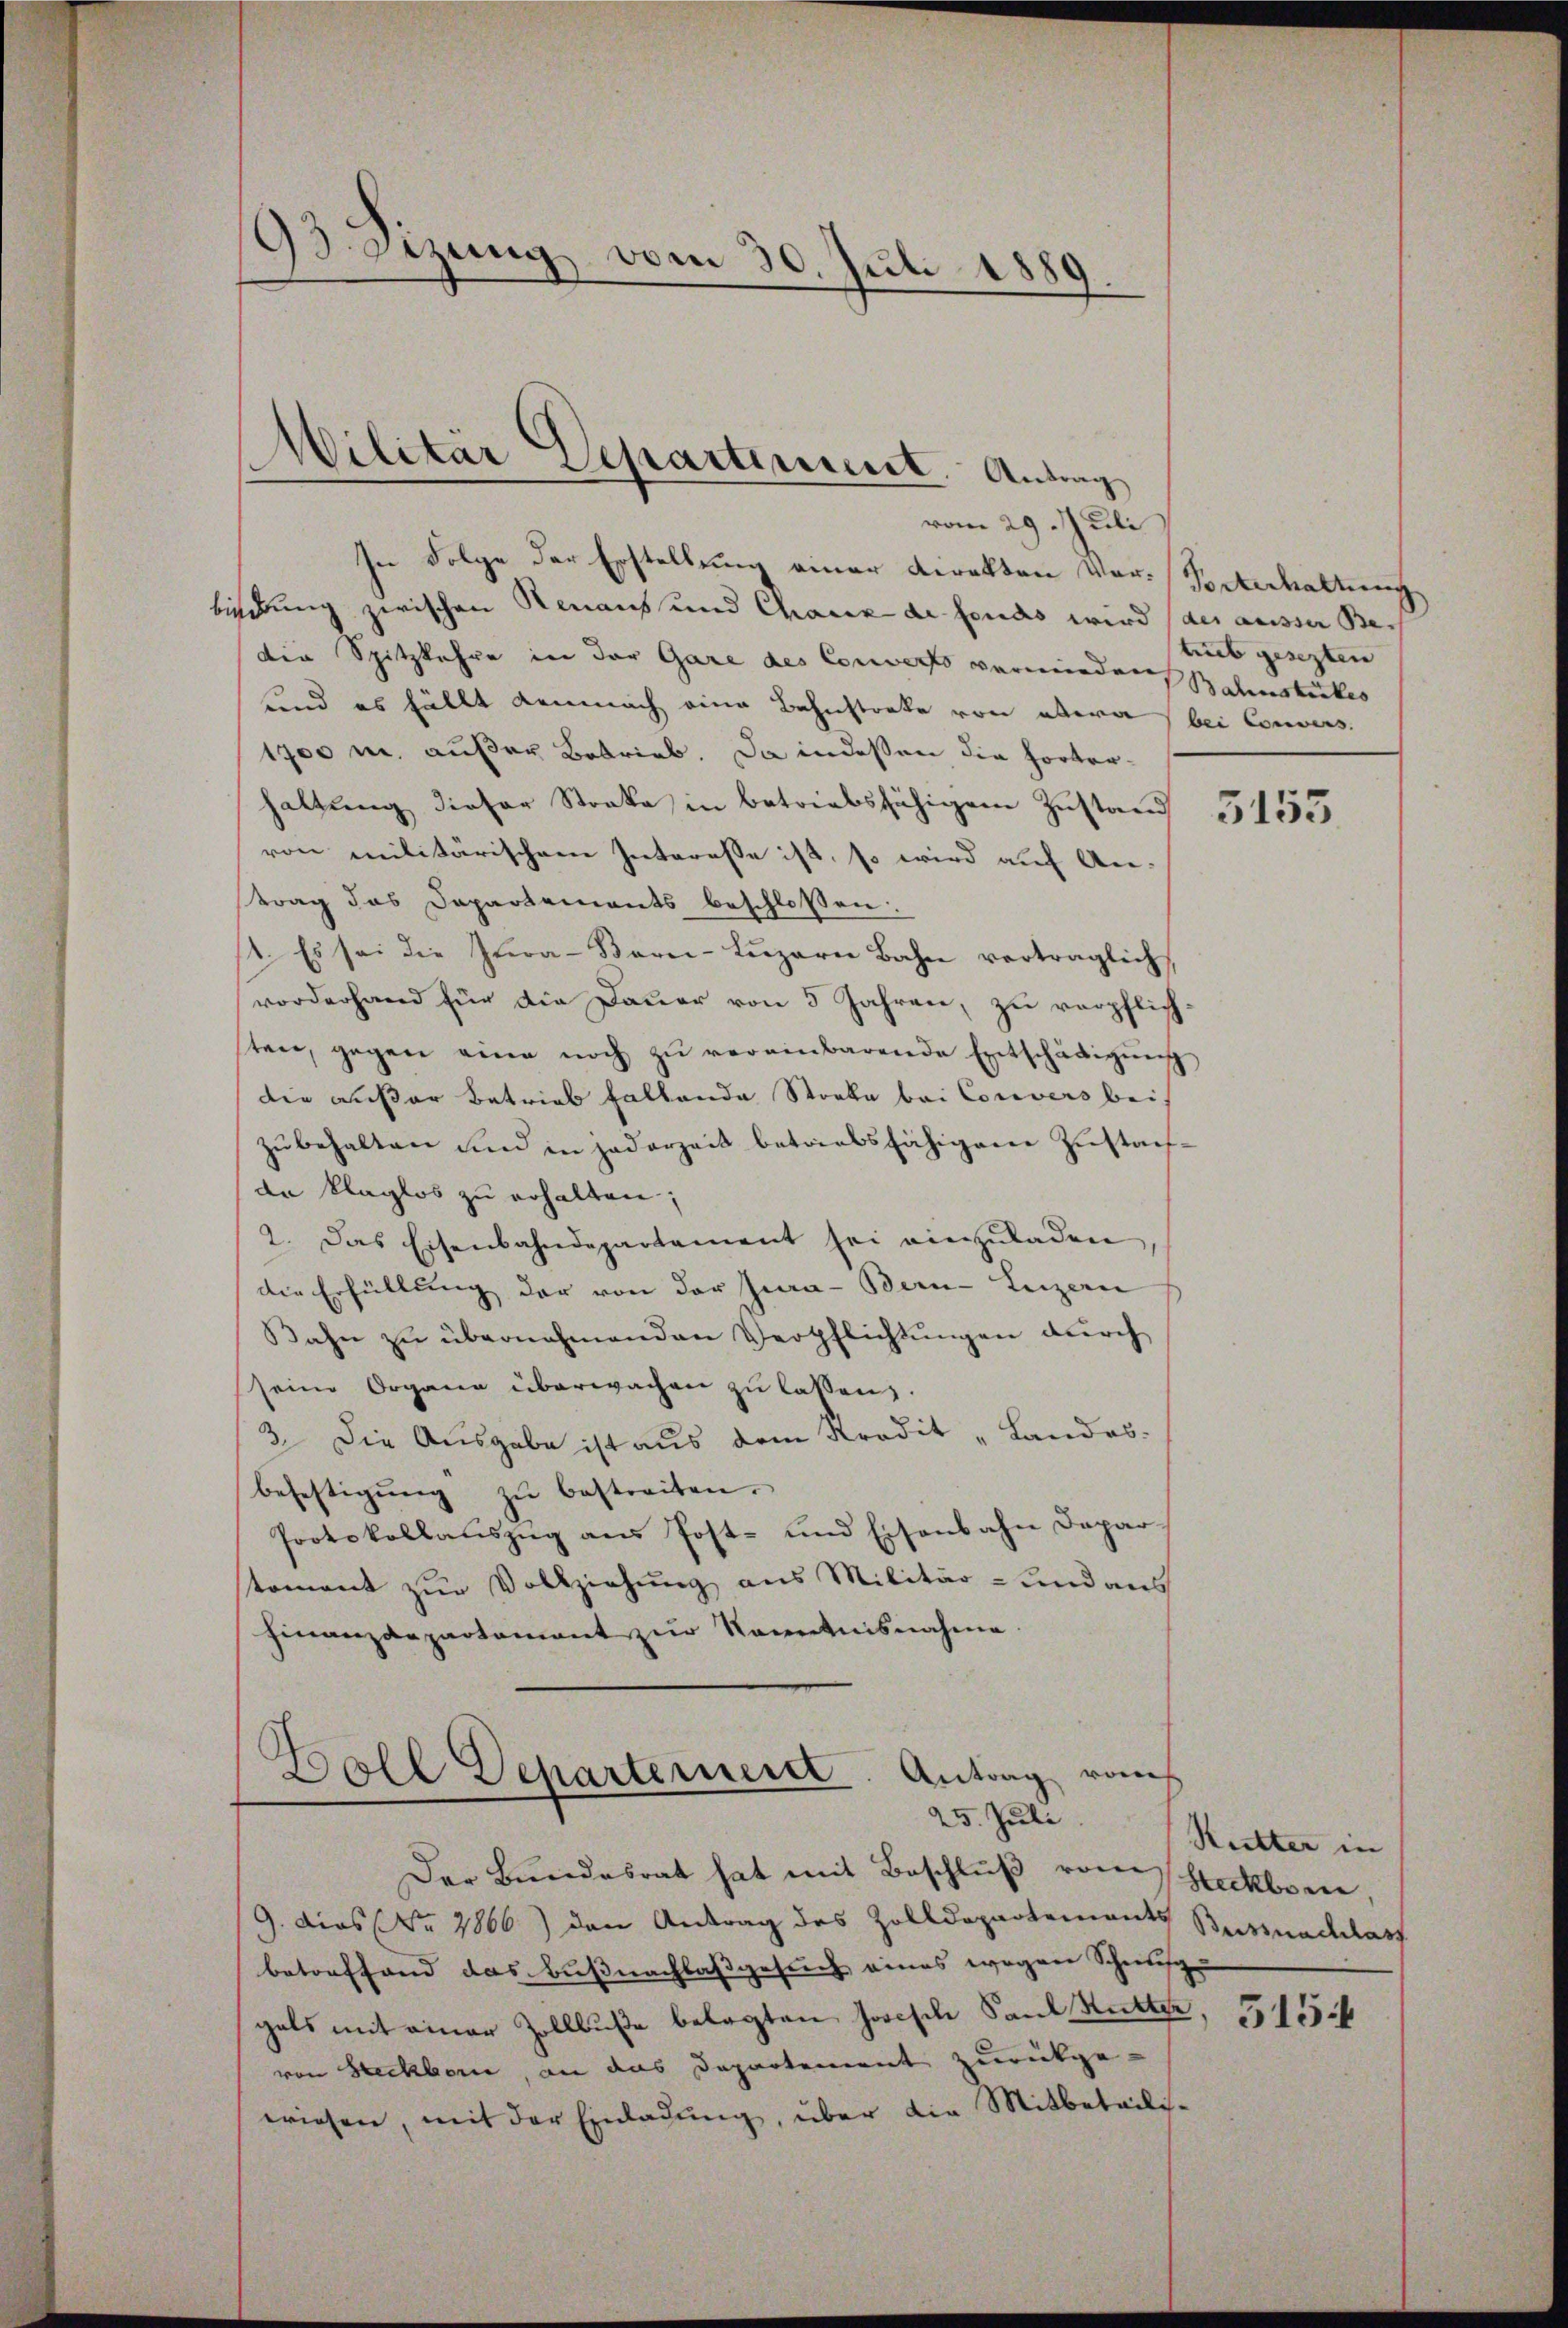
.
93. Sizung vom 30. Juli 1889
7

Militär Departement. Antrag

vom 29. Juli
In Folge der Erstellung einer Direkten Vor-Posterhaltung
bindung zwischen Renaus und Chaux de fonds wird (des ausser Bedie Spitzkehre in der Gare des Converts vermieder Bahnstutes
und es hällt demnach eine Bahnstreke von etwa bei Convers
1700 m. außer Betrieb. Da indeßen die hörterhaltŭng dieser Streke in betriebsfähigem Zustand 5455
von militärischem Interesse ist, so wird auf An-
trag das Departements beschlossen:
12. Es sei die Zwa-Bern-Lŭzern Bahn verträglich
vorderhand für die Dauer von 5 Jahren, zu verpflichsten, gegen eine noch zu vereinbarende Entschädigung
die außer Betrieb haltende Stocke bei Convers bei,
zubehalten und in jederzeit betriebsfähigem Zustande klaglos zu erhalten;
2. Das Eisenbahndepartament sei einzŭladen,
die Erfüllung der von der Jura - Bern-Luzern
Bahn zu übernehmenden Verpflichtungen durch
seine Organe überwachen zu laßen,
3. Die Ausgabe ist aus dem Kredit „Landes.
befestigŭng zŭ bestreiten.
Protokollauszug aus Post- und Eisenbahn Depar
toment zur Vollziehung aus Militär- und aus
Finanzdepartement zur Kenntnisnahme.

Boll Departeriert. Antrag vom
25. Juli

Der Bundesrat hat mit Beschlŭβ vom Steckbrin
9. dies (Nr. 7866) den Antrag des Zolldepartements Bussnachlart
betreffend das Bußnachlasgesuch eines wegen Schwis
gals mit einer Zollbuße belegten Josisch Paul Kutter
von Steckborn, an das Departement zurückge
wiesen, mit der Einladung, über die Mitbeteili¬

trieb gesezten

Reitter in

5154